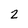
Character: 2